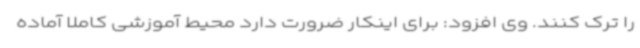
را ترک کنند. وی افزود: برای اینکار ضرورت دارد محیط آموزشی کاملاً آماده